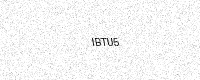
Text: IBTU5